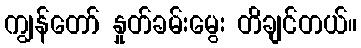
ကျွန်တော် နှုတ်ခမ်းမွေး တိချင်တယ်။